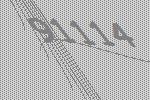
91114